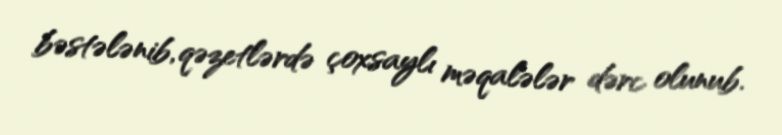
bəstələnib, qəzetlərdə çoxsaylı məqalələr dərc olunub.